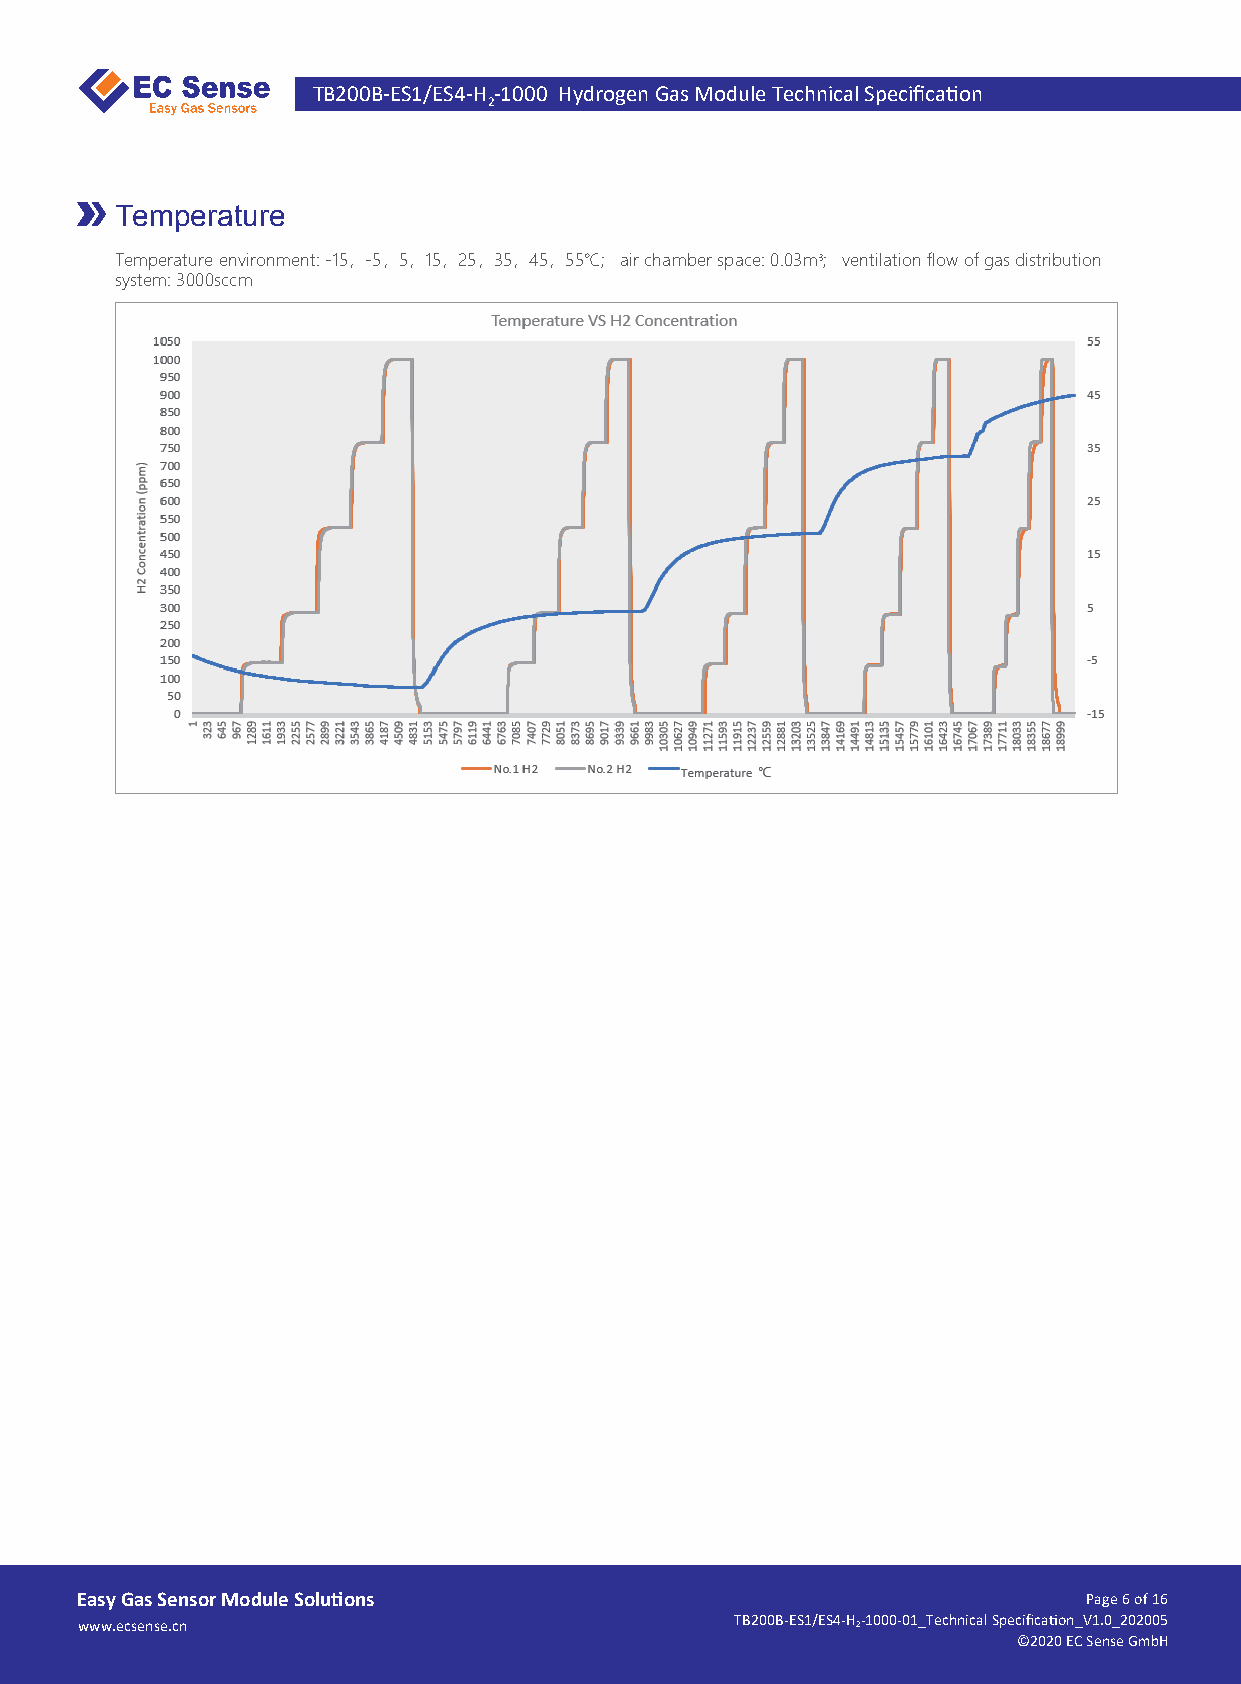
TB200B-ES1/ES4-H -1000 Hydrogen Gas Module Technical Specifica�on
 2
 Temperature
 Temperature environment: -15，-5，5，15，25，35，45，55℃; air chamber space: 0.03m3; ventilation flow of gas distribution
 system: 3000sccm
 Easy Gas Sensor Module Solu�ons                                    Page 6 of 16
 www.ecsense.cn                              TB200B-ES1/ES4-H 2-1000-01_Technical Specifica�on_V1.0_202005
 ©2020 EC Sense GmbH